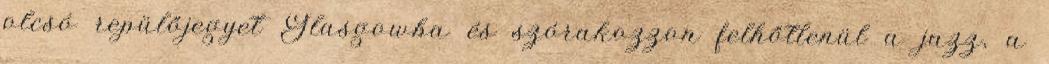
olcsó repülőjegyet Glasgowba és szórakozzon felhőtlenül a jazz, a